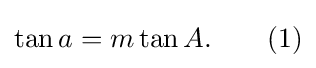
\tan a=m\tan A.\qquad (1)